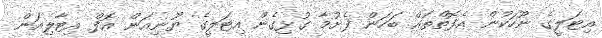
އިޓަލީގެ ނޫހަކުން އެފޮތްތައް ބަހަން ފެށުމާ ގުޅިގެން އިޓަލީގެ ޔޫނިއަން އޮފް އިޓާލިއަން